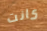
كانت